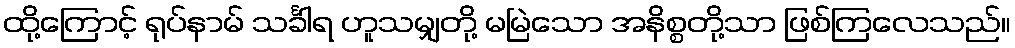
ထို့ကြောင့် ရုပ်နာမ် သင်္ခါရ ဟူသမျှတို့ မမြဲသော အနိစ္စတို့သာ ဖြစ်ကြလေသည်။